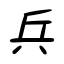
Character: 兵